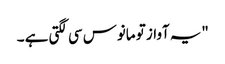
"یہ آواز تو مانوس سی لگتی ہے ۔